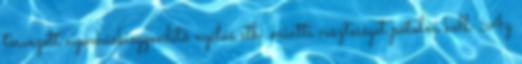
tervezett nyomáskiegyenlítõ nyílás stb. miatti veszteséget pótolni kell. Az